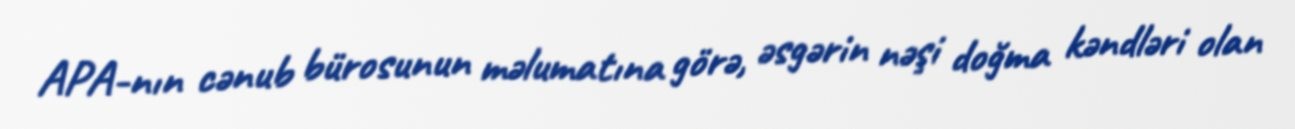
APA-nın cənub bürosunun məlumatına görə, əsgərin nəşi doğma kəndləri olan